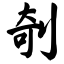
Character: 剞